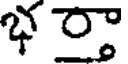
భరా